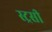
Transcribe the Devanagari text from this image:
स्ट्रसी